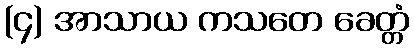
(၄) အာသာယ ကသတေ ခေတ္တံ